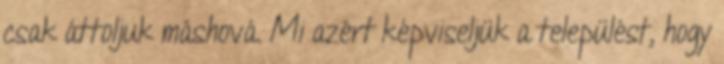
csak áttoljuk máshová. Mi azért képviseljük a települést, hogy